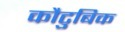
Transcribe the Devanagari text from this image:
कौटुबिक